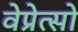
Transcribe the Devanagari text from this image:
वेप्रेत्सो